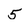
Character: 5